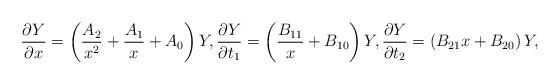
LaTeX: \begin{gather*}\frac{\partial Y}{\partial x} =\left(\frac{A_2}{x^2}+\frac{A_1}{x}+A_0\right)Y ,\frac{\partial Y}{\partial t_1} =\left( \frac{B_{11}}{x}+B_{10} \right)Y ,\frac{\partial Y}{\partial t_2}=\left( B_{21}x+B_{20} \right)Y ,\end{gather*}